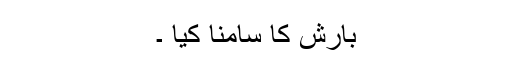
بارش کا سامنا کیا ۔